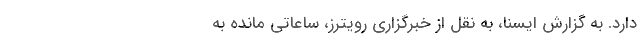
دارد. به گزارش ایسنا، به نقل از خبرگزاری رویترز، ساعاتی مانده به